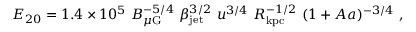
E _ { 2 0 } = 1 . 4 \times 1 0 ^ { 5 } \, \, B _ { \mu \mathrm { G } } ^ { - 5 / 4 } \, \, \beta _ { \mathrm { j e t } } ^ { 3 / 2 } \, \, u ^ { 3 / 4 } \, \, R _ { \mathrm { k p c } } ^ { - 1 / 2 } \, \, ( 1 + A a ) ^ { - 3 / 4 } \ ,